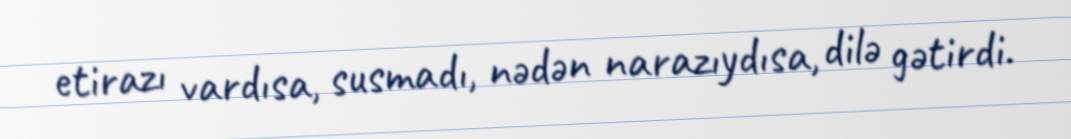
etirazı vardısa, susmadı, nədən narazıydısa, dilə gətirdi.